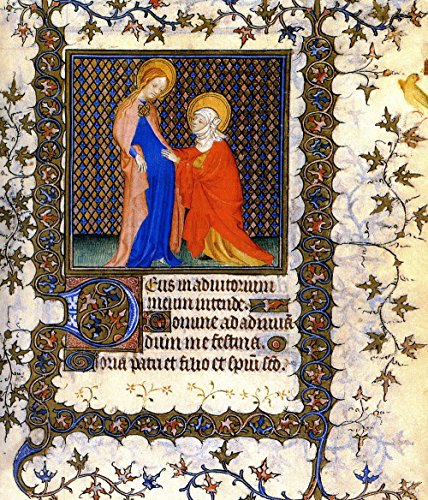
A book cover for Books of Hours (Phaidon Miniature Editions); Editors of Phaidon Press; Crafts, Hobbies & Home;